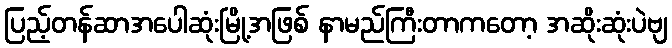
ပြည့်တန်ဆာအပေါဆုံးမြို့အဖြစ် နာမည်ကြီးတာကတော့ အဆိုးဆုံးပဲဗျ